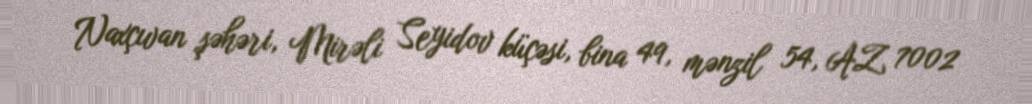
Naxçıvan şəhəri, Mirəli Seyidov küçəsi, bina 49, mənzil 54, AZ 7002